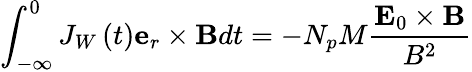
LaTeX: \int_{-\infty}^{0}J_{W}\left(t\right)\mathbf{e}_{r}\times\mathbf{B}dt=-N_{p}M\frac{\mathbf{E}_{0}\times\mathbf{B}}{B^{2}}